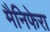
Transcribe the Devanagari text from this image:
मैनिफेरा